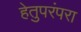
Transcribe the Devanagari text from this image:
हेतुपरंपरा